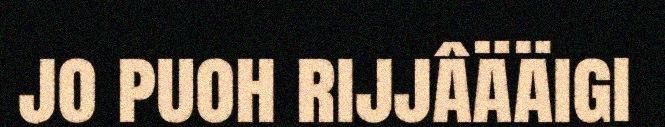
jo puoh rijjâääigi